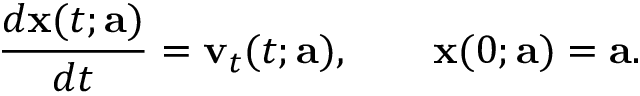
\frac { d { \mathbf x } ( t ; \mathbf a ) } { d t } = { \mathbf v } _ { t } ( t ; { \mathbf a } ) , \qquad { \mathbf x } ( 0 ; { \mathbf a } ) = { \mathbf a } .